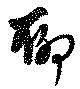
聊